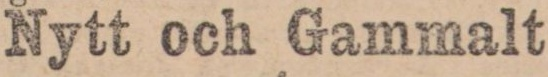
Nytt och Gammalt